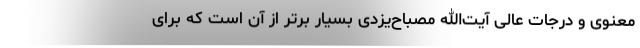
معنوی و درجات عالی آیت‌الله مصباح‌یزدی بسیار برتر از آن است که برای